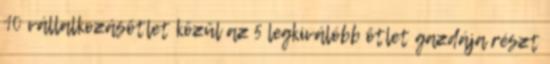
10 vállalkozásötlet közül az 5 legkiválóbb ötlet gazdája részt